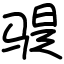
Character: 𫘨